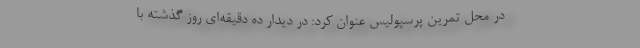
در محل تمرین پرسپولیس عنوان کرد: در دیدار ده دقیقه‌ای روز گذشته با